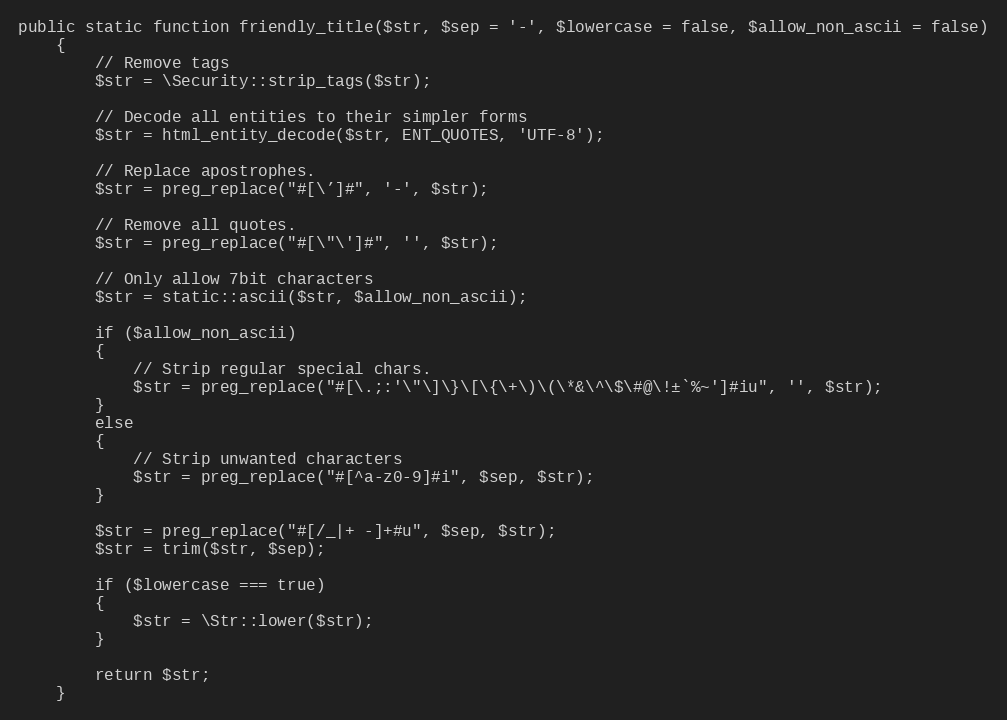
Language: PHP
public static function friendly_title($str, $sep = '-', $lowercase = false, $allow_non_ascii = false)
	{
		// Remove tags
		$str = \Security::strip_tags($str);

		// Decode all entities to their simpler forms
		$str = html_entity_decode($str, ENT_QUOTES, 'UTF-8');

		// Replace apostrophes.
		$str = preg_replace("#[\’]#", '-', $str);

		// Remove all quotes.
		$str = preg_replace("#[\"\']#", '', $str);

		// Only allow 7bit characters
		$str = static::ascii($str, $allow_non_ascii);

		if ($allow_non_ascii)
		{
			// Strip regular special chars.
			$str = preg_replace("#[\.;:'\"\]\}\[\{\+\)\(\*&\^\$\#@\!±`%~']#iu", '', $str);
		}
		else
		{
			// Strip unwanted characters
			$str = preg_replace("#[^a-z0-9]#i", $sep, $str);
		}

		$str = preg_replace("#[/_|+ -]+#u", $sep, $str);
		$str = trim($str, $sep);

		if ($lowercase === true)
		{
			$str = \Str::lower($str);
		}

		return $str;
	}